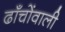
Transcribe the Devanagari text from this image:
ढाँचोंवाली